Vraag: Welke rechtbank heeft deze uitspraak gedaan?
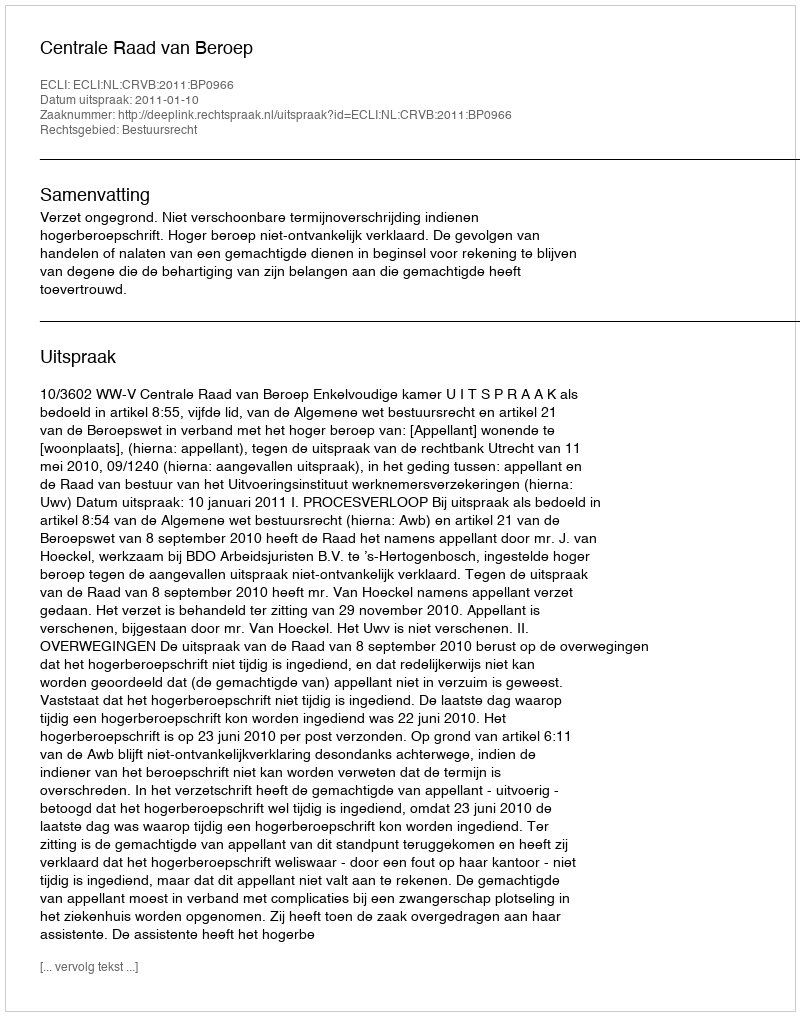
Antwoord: Centrale Raad van Beroep